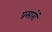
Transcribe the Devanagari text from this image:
प्रसारों